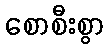
စောစီးစွာ